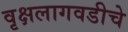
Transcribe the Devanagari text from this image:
वृक्षलागवडीचे